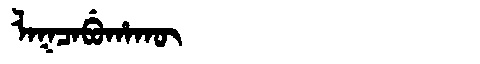
Manchu: ᠯᠠᡴᠴᠠᠪᡠᡥᠠᡴᡡ
Romanization: LAKCABUHAKŪ